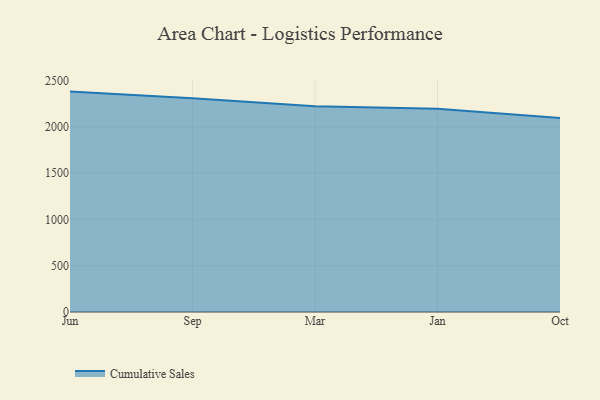
{"axis": {"x": "Month", "y": "Revenue (USD Million)"}, "legend": ["Cumulative Sales"], "data": [{"x": "Jun", "y": 2378.3, "type": "Cumulative Sales"}, {"x": "Sep", "y": 2307.3, "type": "Cumulative Sales"}, {"x": "Mar", "y": 2219.0, "type": "Cumulative Sales"}, {"x": "Jan", "y": 2193.2, "type": "Cumulative Sales"}, {"x": "Oct", "y": 2093.1, "type": "Cumulative Sales"}]}